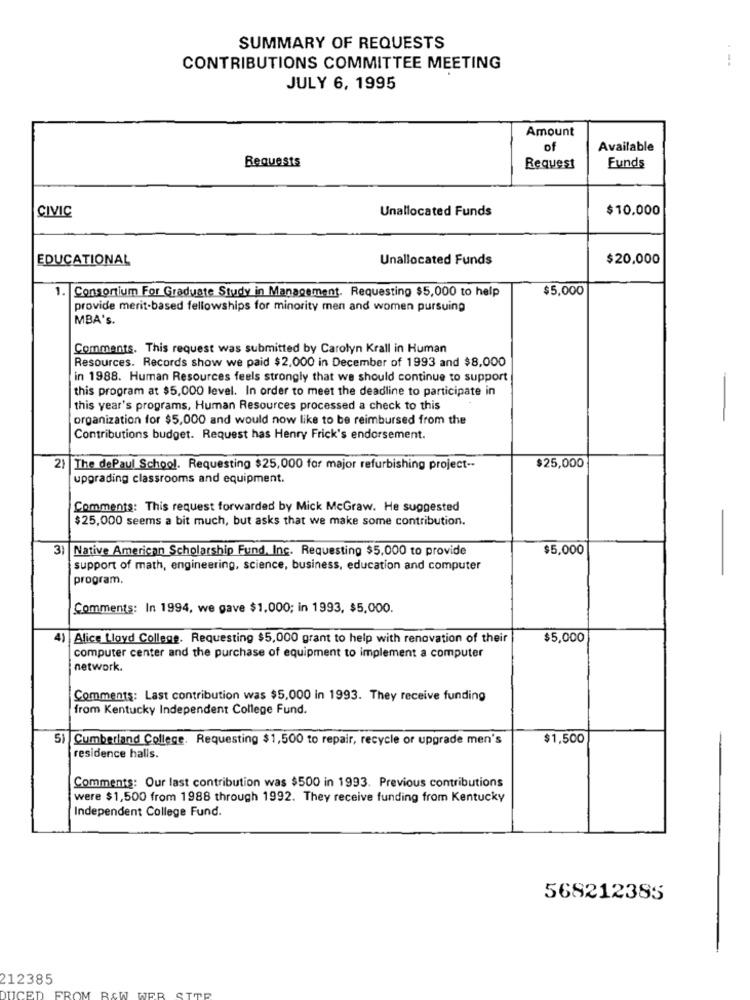
SUMMARY OF REQUESTS
CONTRIBUTIONS COMMITTEE MEETING
JULY 6, 1995
Amount
of
Available
Requests
Request
Funds
CIVIC
Unallocated Funds
$10.000
EDUCATIONAL
Unallocated Funds
$20,000
1.
Consortium For Graduate Study in Management. Requesting $5,000 to help
$5,000
provide merit-based fellowships for minority men and women pursuing
MBA's.
Comments. This request was submitted by Carolyn Krall in Human
Resources. Records show we paid $2,000 in December of 1993 and $8,000
in 1988. Human Resources feels strongly that we should continue to support
this program at $5,000 level. In order to meet the deadline to participate in
this year's programs, Human Resources processed a check to this
organization for $5,000 and would now like to be reimbursed from the
-
Contributions budget. Request has Henry Frick's endorsement.
2) The dePaul School. Requesting $25,000 for major refurbishing project --
$25,000
upgrading classrooms and equipment.
Comments: This request forwarded by Mick McGraw. He suggested
$25,000 seems a bit much, but asks that we make some contribution.
3) Native American Scholarship Fund, Inc. Requesting $5,000 to provide
$5,000
support of math, engineering, science, business, education and computer
program,
Comments: In 1994, we gave $1,000; in 1993, $5,000.
Alice Lloyd College. Requesting $5,000 grant to help with renovation of their
$5,000
computer center and the purchase of equipment to implement a computer
network.
Comments: Last contribution was $5,000 in 1993. They receive funding
from Kentucky Independent College Fund.
5) Cumberland College. Requesting $1,500 to repair, recycle or upgrade men's
$1,500
residence halls.
Comments: Our last contribution was $500 in 1993. Previous contributions
were $1,500 from 1988 through 1992. They receive funding from Kentucky
Independent College Fund.
568212385
212385
DUCED
FROM
RCW